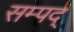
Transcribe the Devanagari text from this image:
सम्पद्